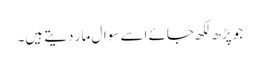
جو پڑھ لکھ جائے اسے سوال مار دیتے ہیں۔